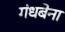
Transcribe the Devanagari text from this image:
गंधबेना